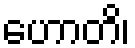
ဟောတိ၊